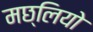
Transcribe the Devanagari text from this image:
मछ्लियो